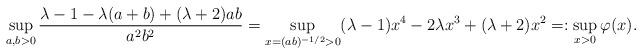
LaTeX: \begin{align*} \sup_{a,b>0} \frac{\lambda-1 - \lambda(a+b) + (\lambda+2)ab}{a^2 b^2} = \sup_{x = (ab)^{-1/2} > 0} (\lambda-1)x^4 - 2\lambda x^3 + (\lambda+2) x^2 =: \sup_{x>0} \varphi(x).\end{align*}